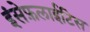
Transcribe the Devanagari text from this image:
इंसेफ़लाईटिस